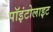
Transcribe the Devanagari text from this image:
पॉइंटोलाइट